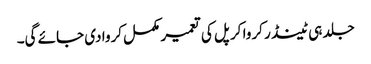
جلد ہی ٹینڈر کروا کر پل کی تعمیر مکمل کروا دی جائے گی۔